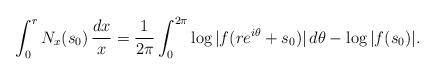
LaTeX: \begin{align*}\int_0^r N_{x}(s_0) \, \frac{dx}{x}=\frac{1}{2\pi}\int_0^{2\pi} \log |f(re^{i \theta}+s_0)| \, d \theta-\log |f(s_0)|.\end{align*}